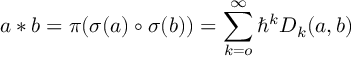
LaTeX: a \ast b = \pi ( \sigma ( a ) \circ \sigma ( b ) ) = \sum _ { k = o } ^ { \infty } \hbar ^ { k } D _ { k } ( a , b ) \,